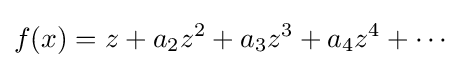
f(x)=z+a_{2}z^{2}+a_{3}z^{3}+a_{4}z^{4}+\cdots